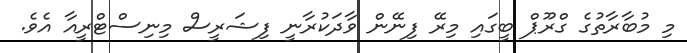
މި މުބާރާތުގެ ގްރޫޕް ބީގައި މިރޭ ފިނޭން ވާދަކުރާނީ ފިޝަރީސް މިނިސްޓްރީއާ އެވެ.